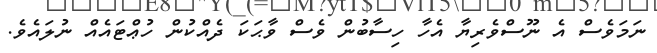
ނަމަވެސް އެ ނޫސްވެރިޔާ އެހާ ހިސާބުން ވެސް ވާޙަކަ ދެއްކުން ހުޢްޓައެއް ނުލައެވެ.